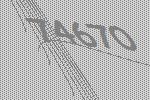
74670